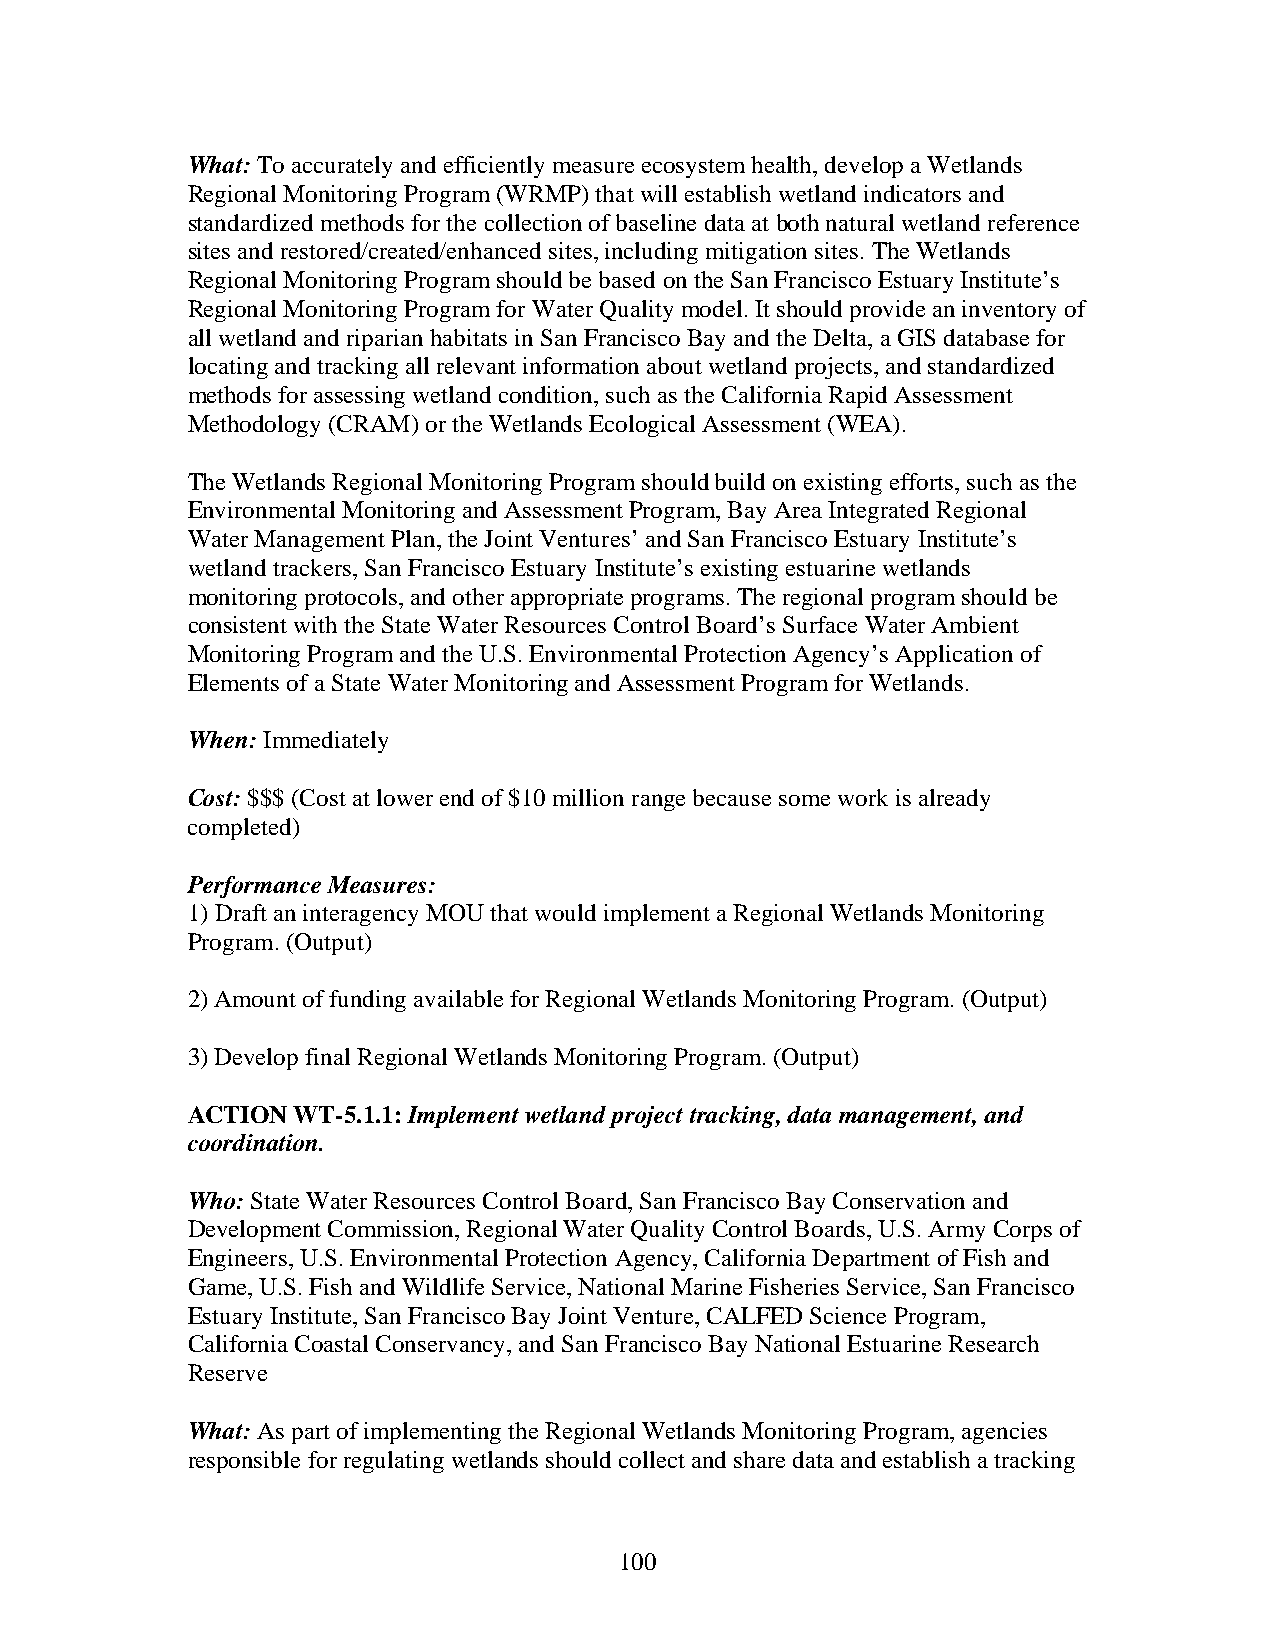
What: To accurately and efficiently measure ecosystem health, develop a Wetlands
 Regional Monitoring Program (WRMP) that will establish wetland indicators and
 standardized methods for the collection of baseline data at both natural wetland reference
 sites and restored/created/enhanced sites, including mitigation sites. The Wetlands
 Regional Monitoring Program should be based on the San Francisco Estuary Institute’s
 Regional Monitoring Program for Water Quality model. It should provide an inventory of
 all wetland and riparian habitats in San Francisco Bay and the Delta, a GIS database for
 locating and tracking all relevant information about wetland projects, and standardized
 methods for assessing wetland condition, such as the California Rapid Assessment
 Methodology (CRAM) or the Wetlands Ecological Assessment (WEA).
 The Wetlands Regional Monitoring Program should build on existing efforts, such as the
 Environmental Monitoring and Assessment Program, Bay Area Integrated Regional
 Water Management Plan, the Joint Ventures’ and San Francisco Estuary Institute’s
 wetland trackers, San Francisco Estuary Institute’s existing estuarine wetlands
 monitoring protocols, and other appropriate programs. The regional program should be
 consistent with the State Water Resources Control Board’s Surface Water Ambient
 Monitoring Program and the U.S. Environmental Protection Agency’s Application of
 Elements of a State Water Monitoring and Assessment Program for Wetlands.
 When: Immediately
 Cost: $$$ (Cost at lower end of $10 million range because some work is already
 completed)
 Performance Measures:
 1) Draft an interagency MOU that would implement a Regional Wetlands Monitoring
 Program. (Output)
 2) Amount of funding available for Regional Wetlands Monitoring Program. (Output)
 3) Develop final Regional Wetlands Monitoring Program. (Output)
 ACTION WT-5.1.1: Implement wetland project tracking, data management, and
 coordination.
 Who: State Water Resources Control Board, San Francisco Bay Conservation and
 Development Commission, Regional Water Quality Control Boards, U.S. Army Corps of
 Engineers, U.S. Environmental Protection Agency, California Department of Fish and
 Game, U.S. Fish and Wildlife Service, National Marine Fisheries Service, San Francisco
 Estuary Institute, San Francisco Bay Joint Venture, CALFED Science Program,
 California Coastal Conservancy, and San Francisco Bay National Estuarine Research
 Reserve
 What: As part of implementing the Regional Wetlands Monitoring Program, agencies
 responsible for regulating wetlands should collect and share data and establish a tracking
 100